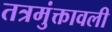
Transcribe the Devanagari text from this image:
तत्रमुंक्तावली